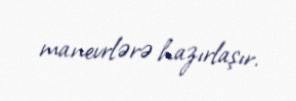
manevrlərə hazırlaşır.